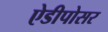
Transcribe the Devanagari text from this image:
ऐडीपोसर